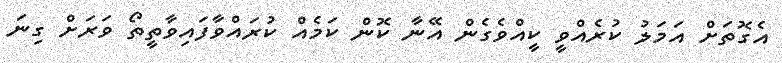
އެގޮތަށް އަމަލު ކުރެއްވީ ކީއްވެގެން އޭނާ ކޮން ކަމެއް ކުރައްވާފައިވާތީތޯ ވަރަށް ގިނަ